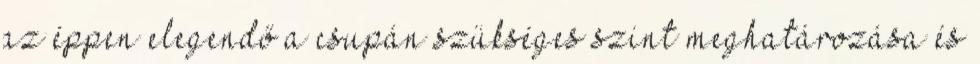
az éppen elegendő a csupán szükséges szint meghatározása és